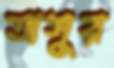
অসুর